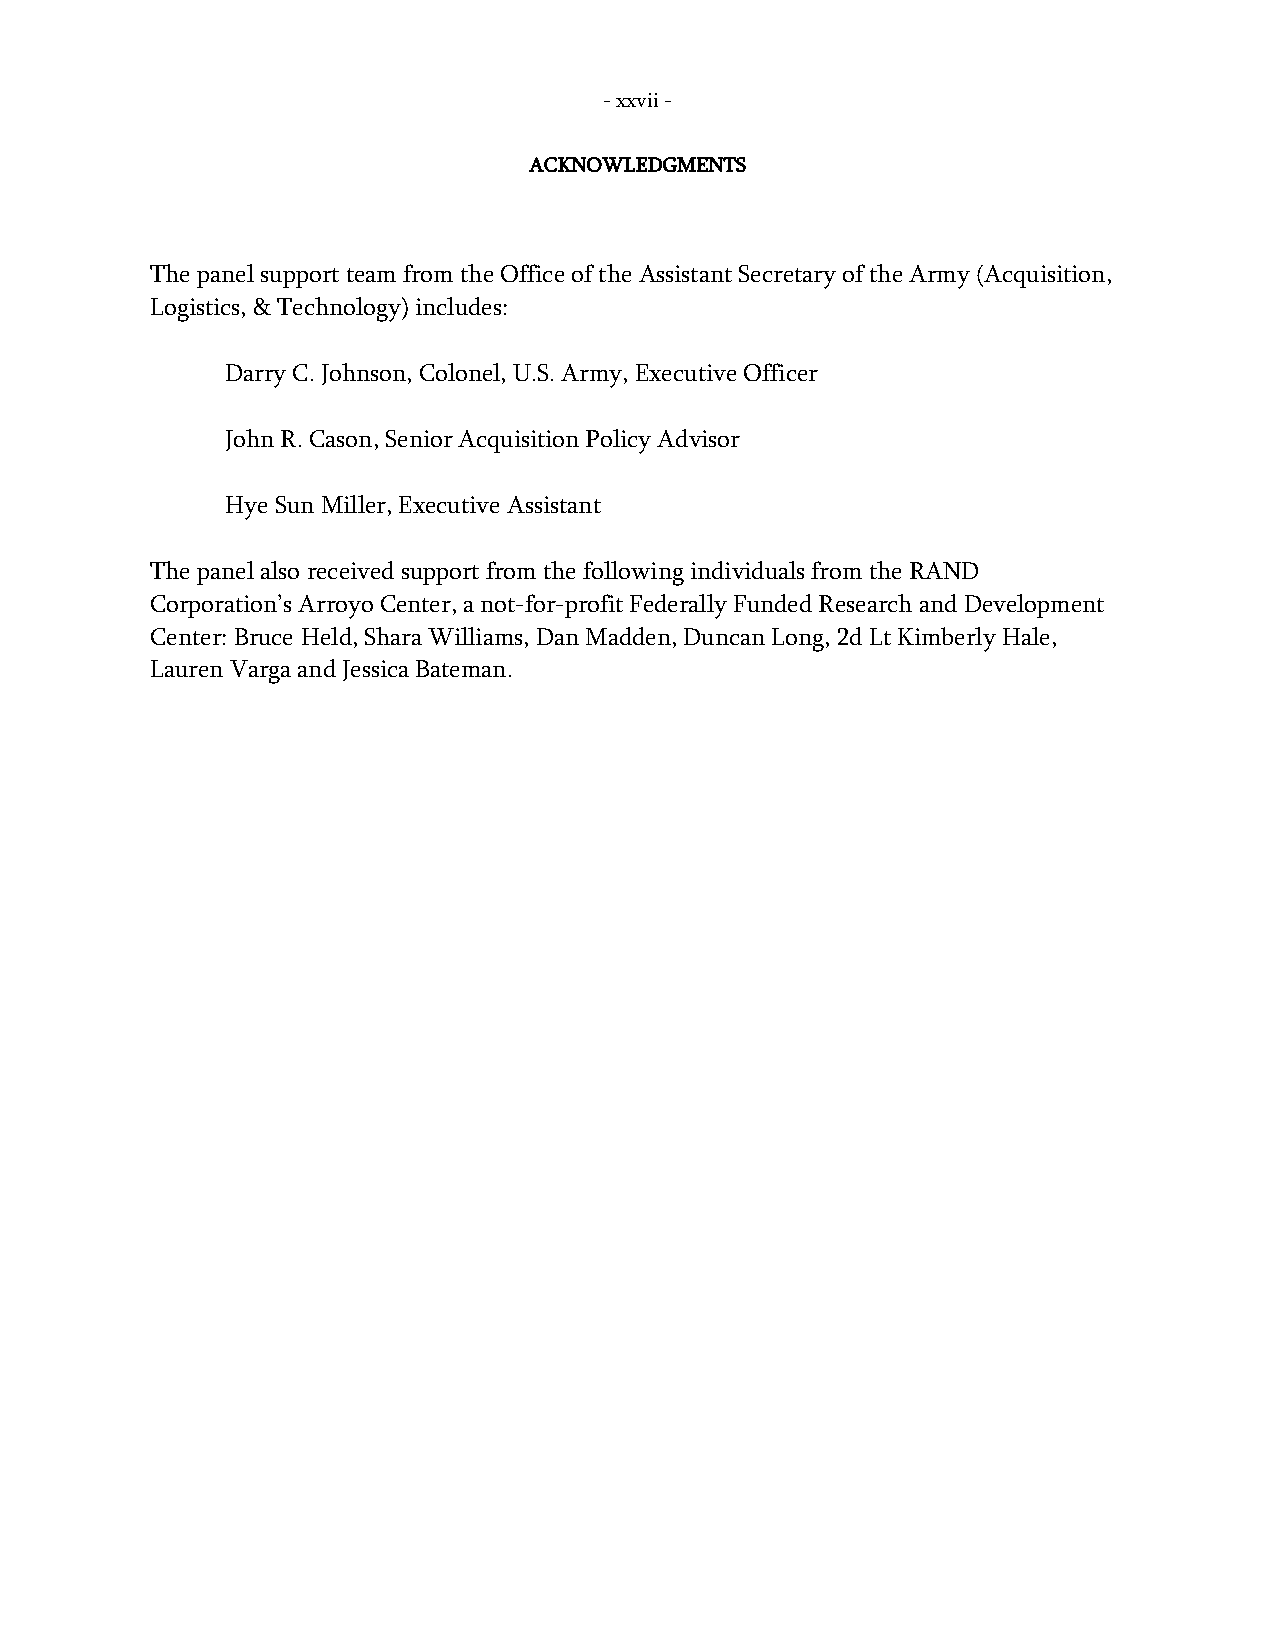
- xxvii -
 ACKNOWLEDGMENTS
 The panel support team from the Office of the Assistant Secretary of the Army (Acquisition,
 Logistics, & Technology) includes:
 Darry C. Johnson, Colonel, U.S. Army, Executive Officer
 John R. Cason, Senior Acquisition Policy Advisor
 Hye Sun Miller, Executive Assistant
 The panel also received support from the following individuals from the RAND
 Corporation’s Arroyo Center, a not-for-profit Federally Funded Research and Development
 Center: Bruce Held, Shara Williams, Dan Madden, Duncan Long, 2d Lt Kimberly Hale,
 Lauren Varga and Jessica Bateman.